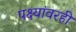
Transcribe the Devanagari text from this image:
पक्ष्यांवरही